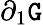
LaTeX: \partial_{1}\mathtt{G}